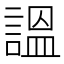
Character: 𧪍